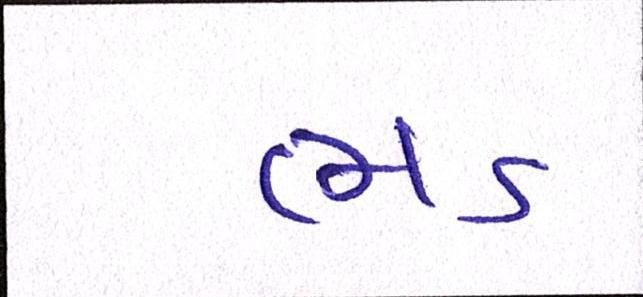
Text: ભડ